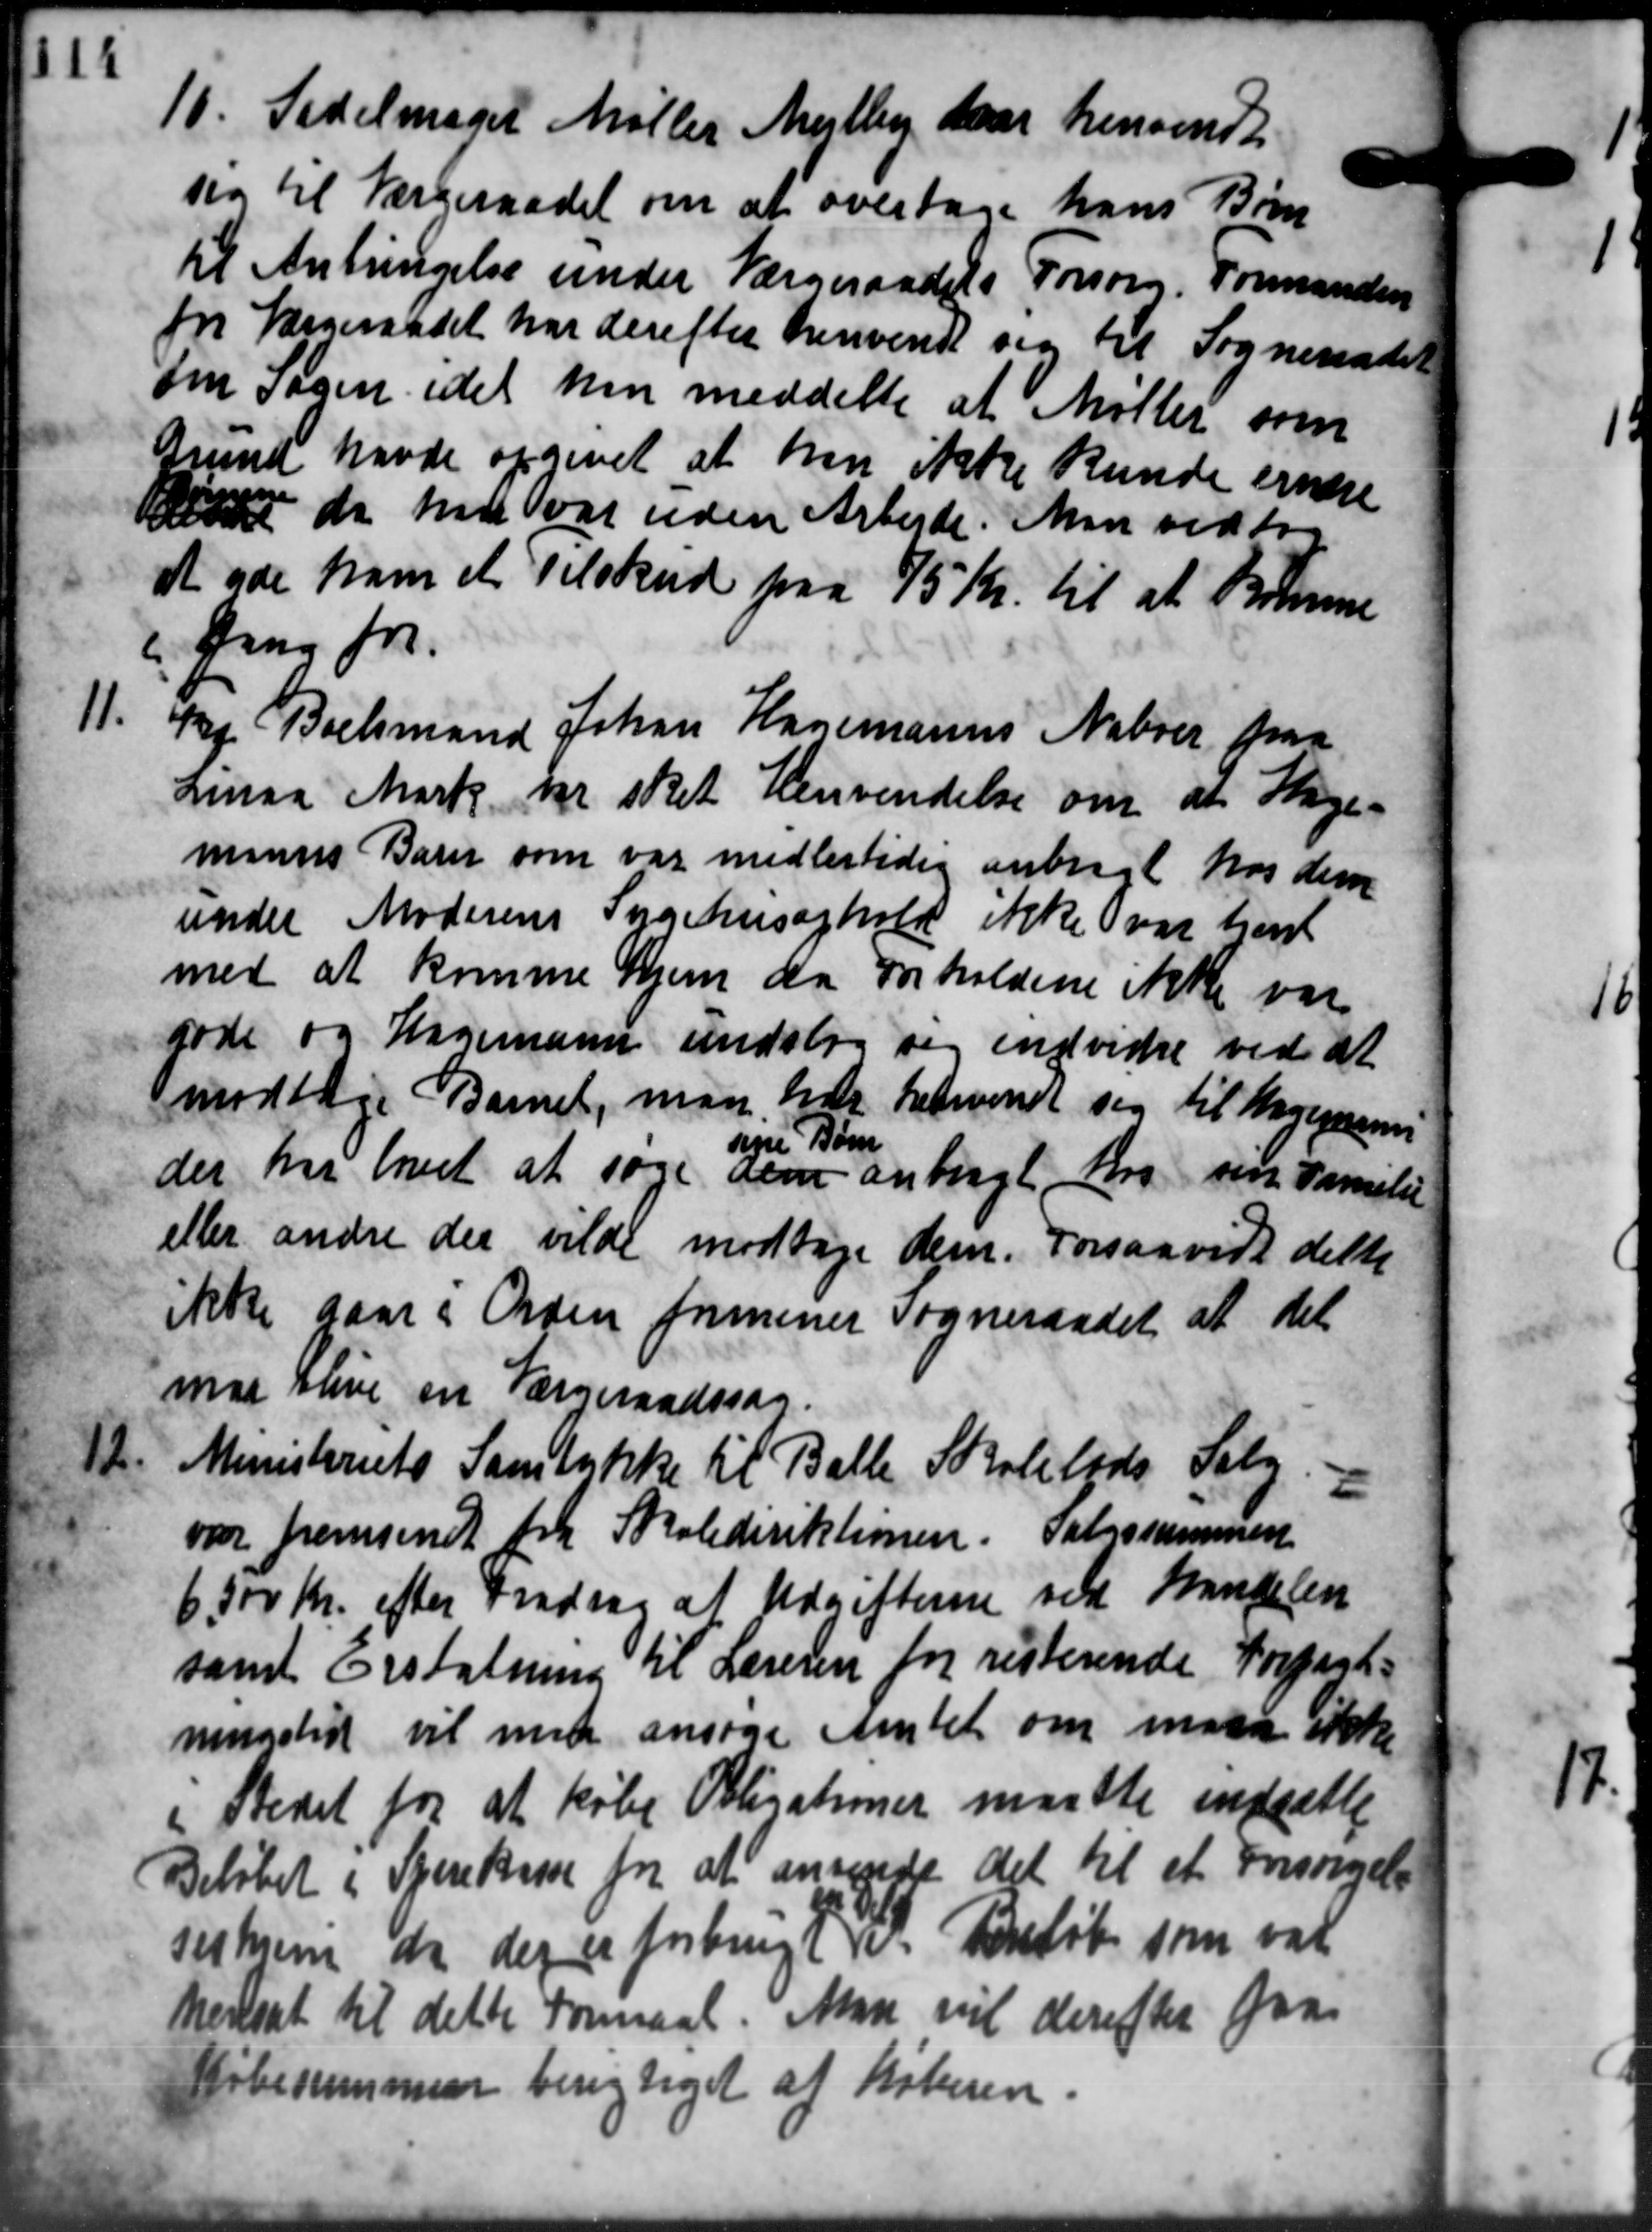
Transskription:
10. Sidelmaget Møller Mejlby saa henvendt
10. Sidelmaget Møller Mejlby saa henvendt
sig til Værgeraadet om at overtage hans Børn
til Anbringelse under Værgeraadets Forsørg. Formanden
for Værgeraadet har derefter henvendt sig til Sogneraadet
om Sagen idet han meddelte at Møller som
Grund havde opgivet at han ikke kunde ernere
 da han var uden Arbejde. Man vedtog
at yde ham et Tilskud paa 75 Kr. til at komme
 Gang for
11.
Kg Boelsmand Johan Hagemanns Naboer paa
Linaa Mark fr sket henvendelse om at Sage-
munes Barn som var midlertidig anbragt hos dem
under Moderens Sygehusophold ikke var hent
med at komme hjem da Forholdene ikke var
gode og Hagemann undstog sig indvidre ved at
modtage Barnet, man har henvendt sig til Kogeperso
spe Børn
der har lovet at søge dem anbragt Kro sin Familie
eller andre der vilde modtage dem. Forsaavidt dette
ikke gaar i Orden formener Sogneraadet at det
maa blive en Værgeraadssag.
12.
Ministeriets Samtykke til Balle Skolelods Salg.
var fremsendt fra Skoledirektionen. Salgssummen
6.500 Kr. efter Fradrag af Udgifterne ved Brandelen
samt Erstatning til Læreren for resterende Forpart-
ningstid vil men ansøge Amtet om man ikke
i Stedet for at købe Pligationer maatte indsætte
Beløbet i Sparekasse for at ansange det til et Forsørgelse
Testrem de der er forbrugt de Beløb som var
hensat til dette Formaal. Man vil derefter faa
Købesummen berigtiget af Køberen.